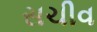
સચીવ